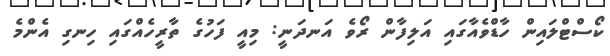
ކޯސްޓްލައިން ހާޑްވެއާގައި އަލިފާން ރޯވެ އަނދަނީ: މިއީ ފަހުގެ ތާރީހެއްގައި ހިނގި އެންމެ